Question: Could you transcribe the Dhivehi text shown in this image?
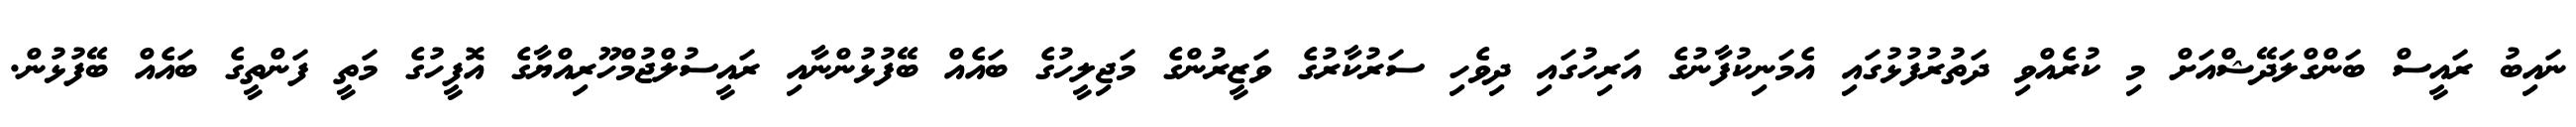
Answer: ނައިބު ރައީސް ބަންގްލަދޭޝްއަށް މި ކުރެއްވި ދަތުރުފުޅުގައި އެމަނިކުފާނުގެ އަރިހުގައި ދިވެހި ސަރުކާރުގެ ވަޒީރުންގެ މަޖިލީހުގެ ބައެއް ބޭފުޅުންނާއި ރައީސުލްޖުމްހޫރިއްޔާގެ އޮފީހުގެ މަތީ ފަންތީގެ ބައެއް ބޭފުޅުން.